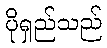
ပိုရှည်သည်